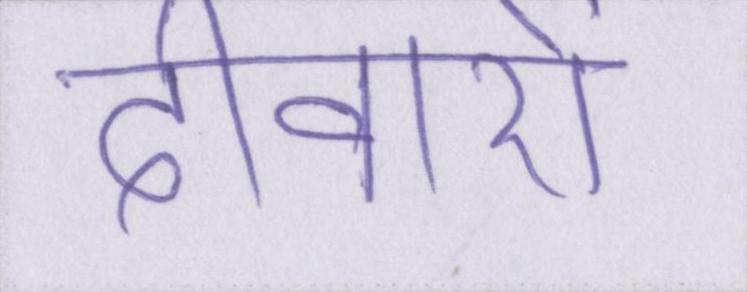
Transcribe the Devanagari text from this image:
दीवारों